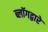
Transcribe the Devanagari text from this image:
ब्लॉगद्वारे